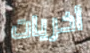
أخريات